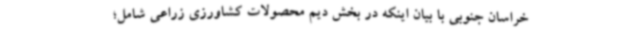
خراسان جنوبی با بیان اینکه در بخش دیم محصولات کشاورزی زراعی شامل؛